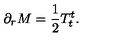
\partial _ { r } M = { \frac { 1 } { 2 } } T _ { t } ^ { t } .